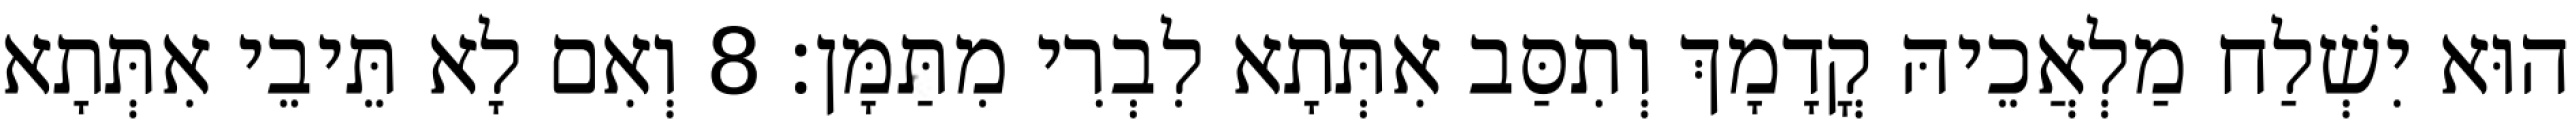
הוּא יִשְׁלַח מַלְאֲכֵיהּ קֳדָמָךְ וְתִסַּב אִתְּתָא לִבְרִי מִתַּמָּן׃ 8 וְאִם לָא תֵּיבֵי אִתְּתָא